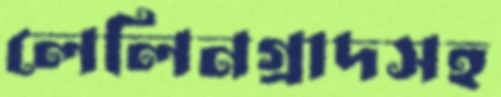
লেলিনগ্রাদসহ